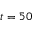
t = 5 0